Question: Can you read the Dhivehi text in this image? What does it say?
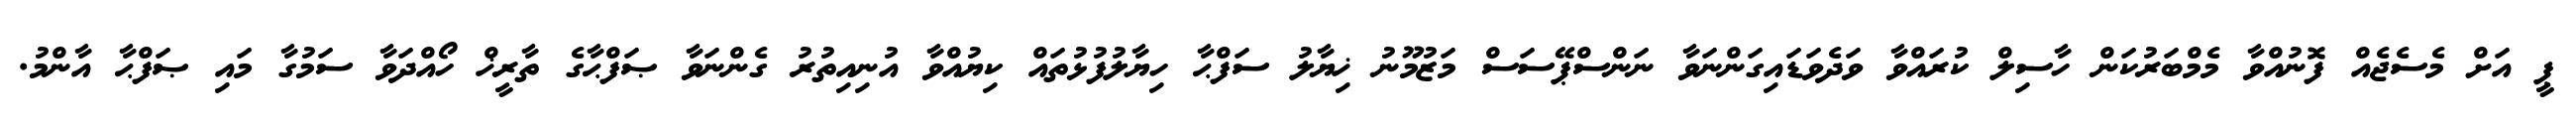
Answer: ޕީ އަށް މެސެޖެއް ފޮނުއްވާ މެމްބަރުކަން ހާސިލް ކުރައްވާ ވަދެވަޑައިގަންނަވާ ނަންސްޕޭސަސް މަޒުމޫނު ޚިޔާލު ސަފްޙާ ހިޔާލުފުޅުތައް ކިޔުއްވާ އުނިއިތުރު ގެންނަވާ ޞަފްޙާގެ ތާރީޚް ހޯއްދަވާ ސަމުގާ މައި ޞަފްޙާ އާންމު.